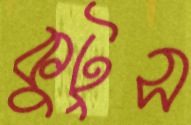
কুটুস